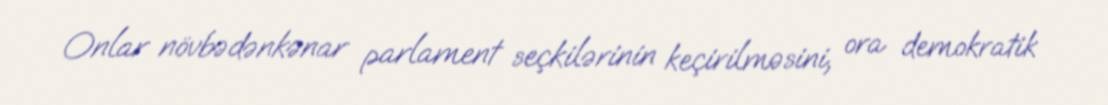
Onlar növbədənkənar parlament seçkilərinin keçirilməsini, ora demokratik